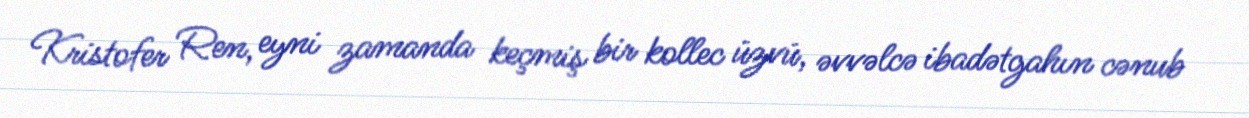
Kristofer Ren, eyni zamanda keçmiş bir kollec üzvü, əvvəlcə ibadətgahın cənub